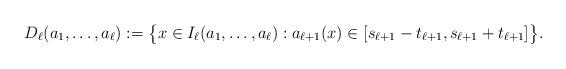
LaTeX: \begin{align*}D_\ell(a_1, \dots, a_\ell):=\big\{x\in I_\ell(a_1, \dots, a_\ell): a_{\ell+1}(x)\in [s_{\ell+1}-t_{\ell+1}, s_{\ell+1}+t_{\ell+1}] \big\}.\end{align*}